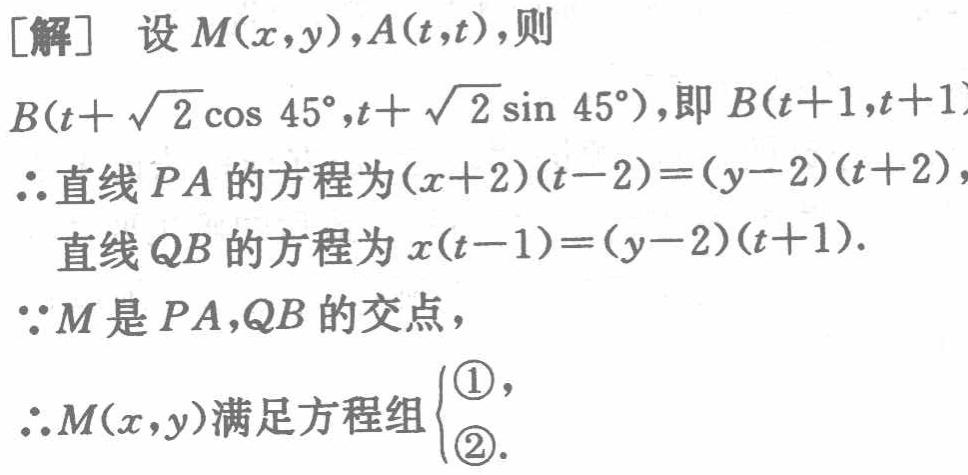
[解] 设 \(M(x,y),A(t,t)\)，则

\(B(t + \sqrt{2}\cos 45^{\circ},t + \sqrt{2}\sin 45^{\circ})\)，即 \(B(t + 1,t + 1)\)

\(\therefore\)直线 \(PA\) 的方程为 \((x + 2)(t - 2)=(y - 2)(t + 2)\)，

直线 \(QB\) 的方程为 \(x(t - 1)=(y - 2)(t + 1)\).

\(\because M\) 是 \(PA,QB\) 的交点，

\(\therefore M(x,y)\) 满足方程组 \(\begin{cases}\textcircled{1},\\\textcircled{2}.\end{cases}\)